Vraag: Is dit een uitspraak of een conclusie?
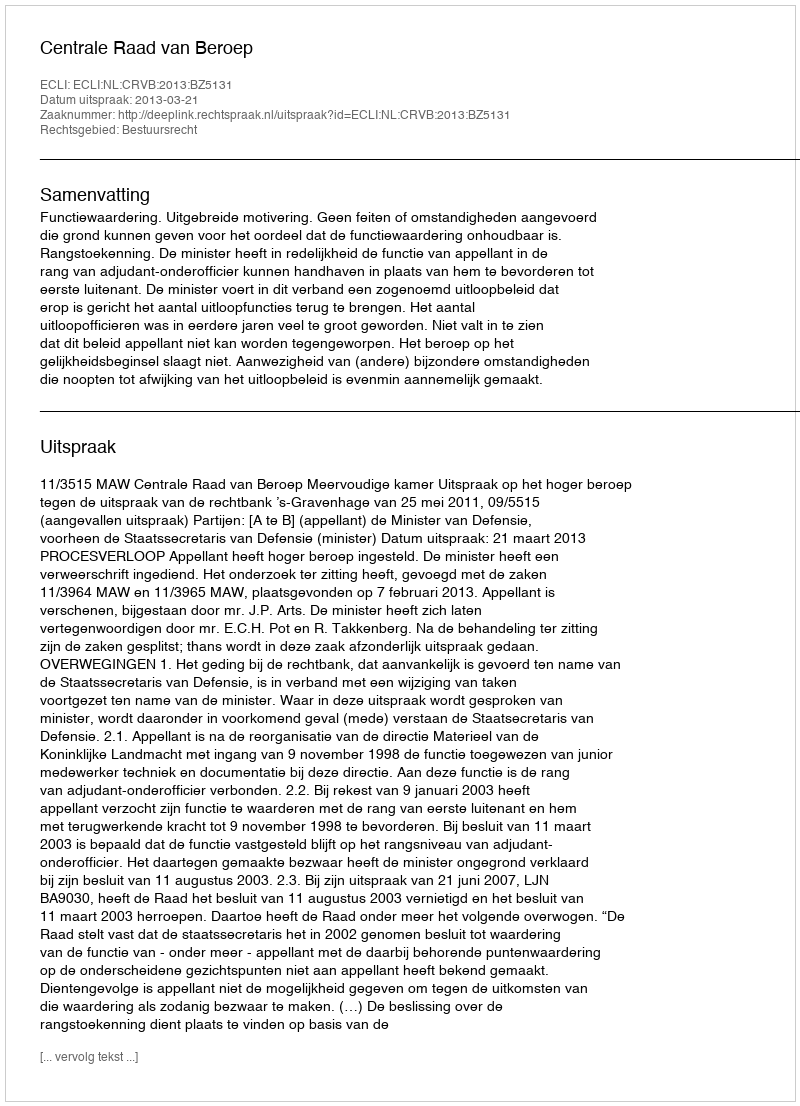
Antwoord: Uitspraak